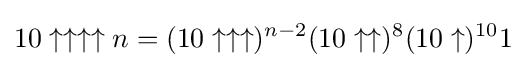
10\uparrow \uparrow \uparrow \uparrow n=(10\uparrow \uparrow \uparrow )^{n-2}(10\uparrow \uparrow )^{8}(10\uparrow )^{10}1